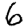
Digit: 6